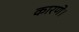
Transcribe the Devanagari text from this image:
कारणे।